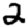
Digit: 2